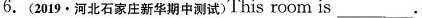
6.(2019.河北石家庄新华期中测试)This room is___.